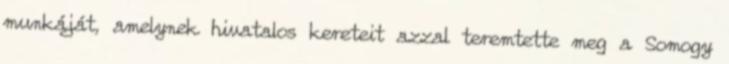
munkáját, amelynek hivatalos kereteit azzal teremtette meg a Somogy